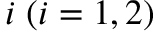
i \; ( i = 1 , 2 )